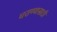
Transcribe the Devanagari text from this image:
घराण्यासाठी